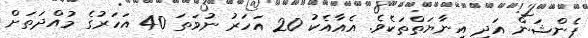
ޕެންޝަން އަދި އިނާޔަތްތަކެވެ. އެއާއެކު 20 އަހަރު ނުވަތަ 40 އަހަރުގެ މުއްދަތަށް